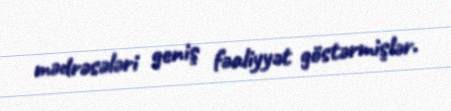
mədrəsələri geniş fəaliyyət göstərmişlər.